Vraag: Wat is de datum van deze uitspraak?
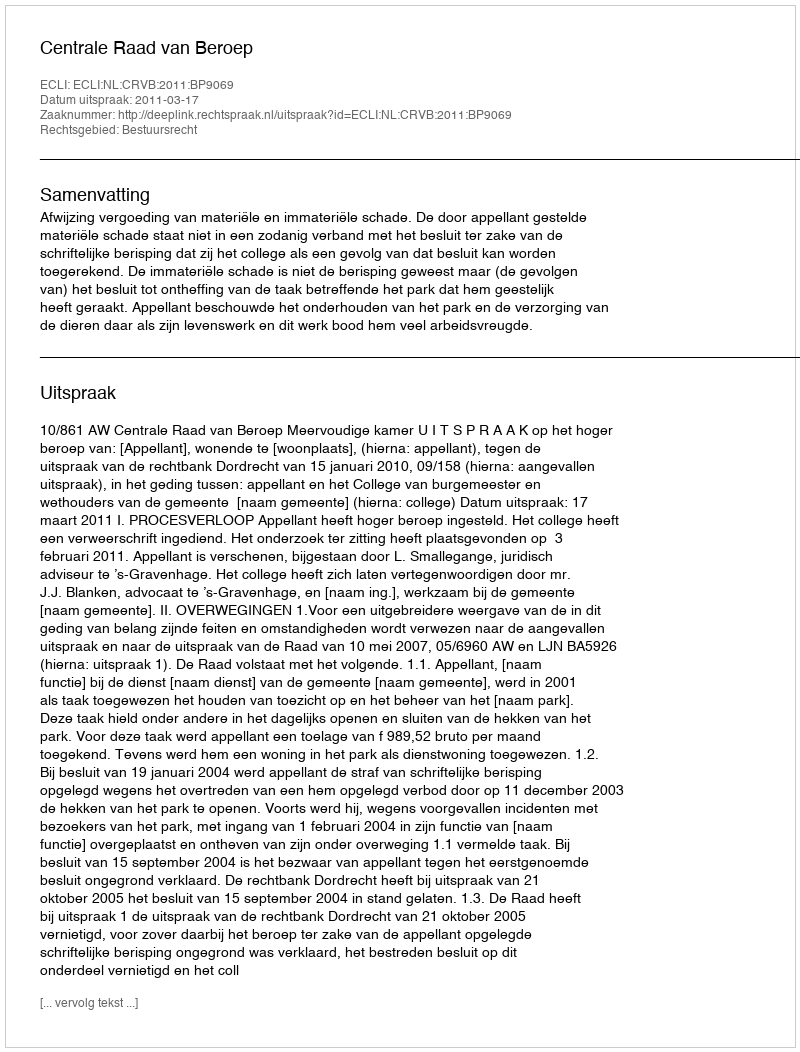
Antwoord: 2011-03-17